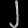
Digit: ၂